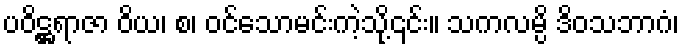
ပဝိဋ္ဌရာဇာ ဝိယ၊ စ၊ ဝင်သောမင်းကဲ့သို့၎င်း။ သကလမ္ပိ ဒိဝသဘာဂံ၊